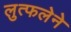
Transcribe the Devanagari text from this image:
लुत्फलेने